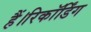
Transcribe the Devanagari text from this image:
हैं।रिकॉर्डिंग